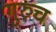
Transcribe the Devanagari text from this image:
गुरुच